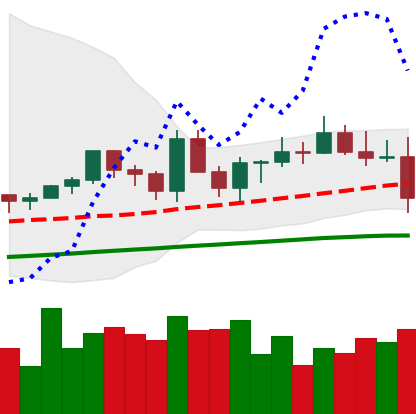
Ticker: EOS-USD
Chart end date: 2021-03-24
Forward return: 15.137%
Label: up_7plus